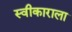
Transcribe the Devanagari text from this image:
स्वीकाराला